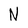
Character: N